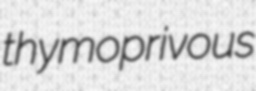
thymoprivous